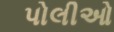
પોલીઓ